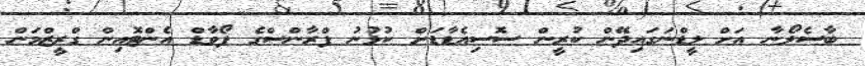
ބާސެލޯނާ އަށް ލީޑްނަގައިދޭން ކުރީން ސޮސިއެޑާޑަށް ކުޅުނު ފްރާންސްގެ ފޯވާޑް އެންޓޮއިން ގްރީޒްމަން